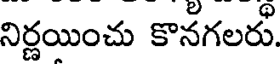
నిర్ణయించు కొనగలరు.